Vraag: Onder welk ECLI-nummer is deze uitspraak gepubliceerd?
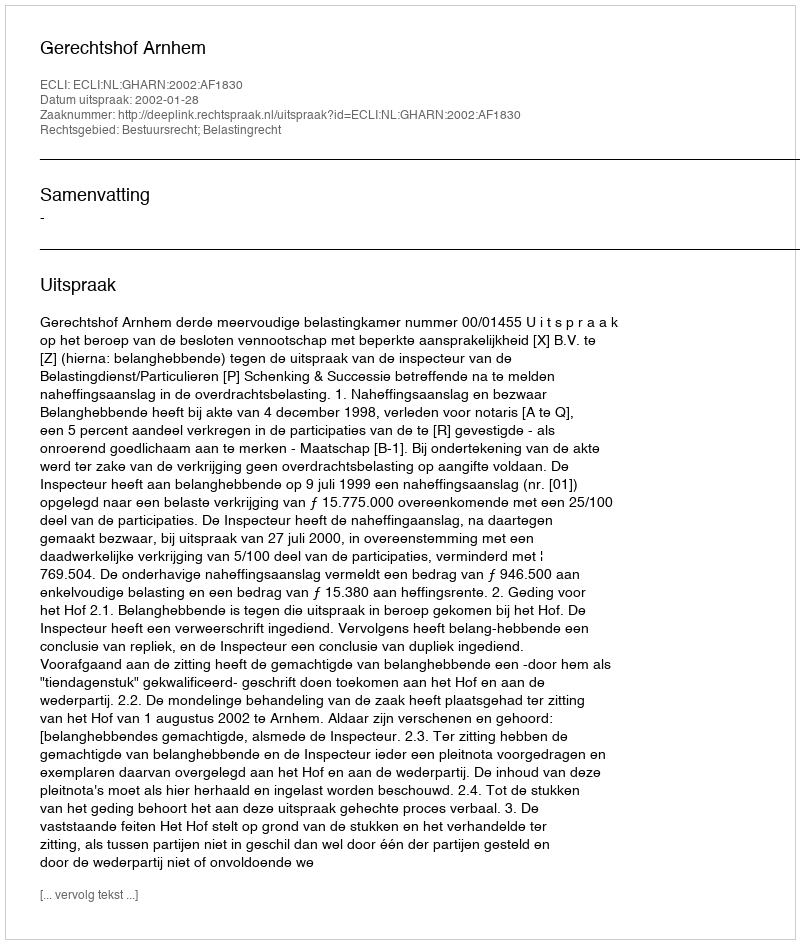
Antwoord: ECLI:NL:GHARN:2002:AF1830